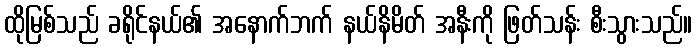
ထိုမြစ်သည် ခရိုင်နယ်၏ အနောက်ဘက် နယ်နိမိတ် အနီးကို ဖြတ်သန်း စီးသွားသည်။